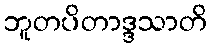
ဘူတပိတာဒ္ဒသာတိ